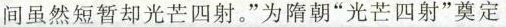
间虽然短暂却光芒四射。”为隋朝”光芒四射”奠定